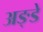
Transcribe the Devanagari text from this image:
अङ्डे